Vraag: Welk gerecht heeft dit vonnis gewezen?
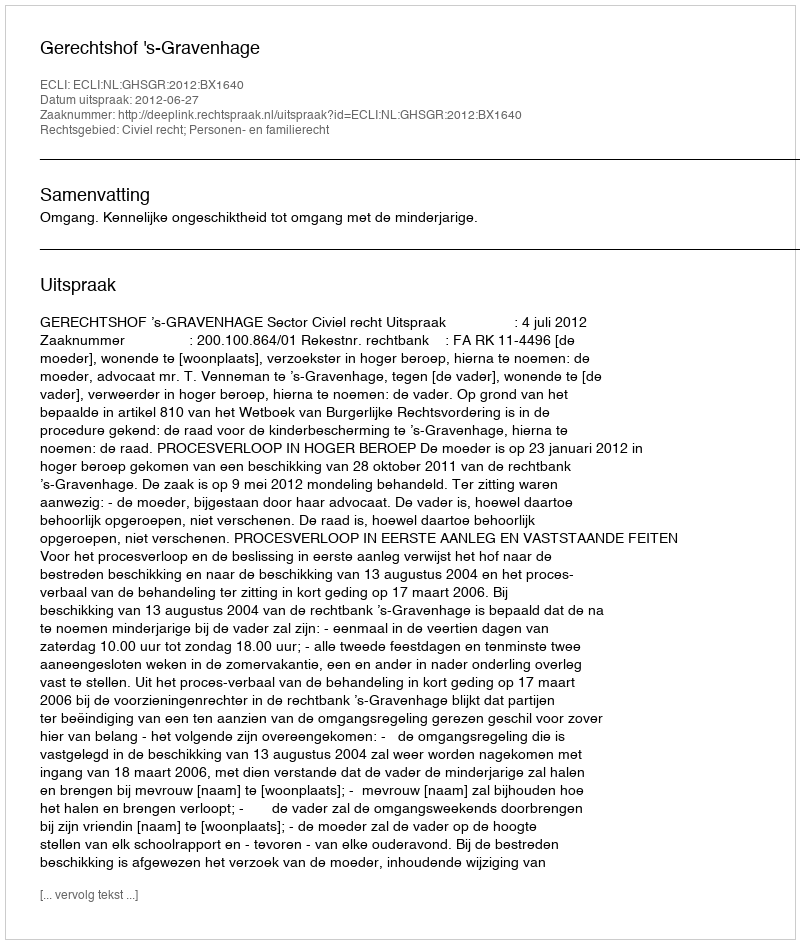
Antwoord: Gerechtshof 's-Gravenhage